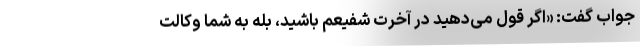
جواب گفت: «اگر قول می‌دهید در آخرت شفیعم باشید، بله به شما وکالت